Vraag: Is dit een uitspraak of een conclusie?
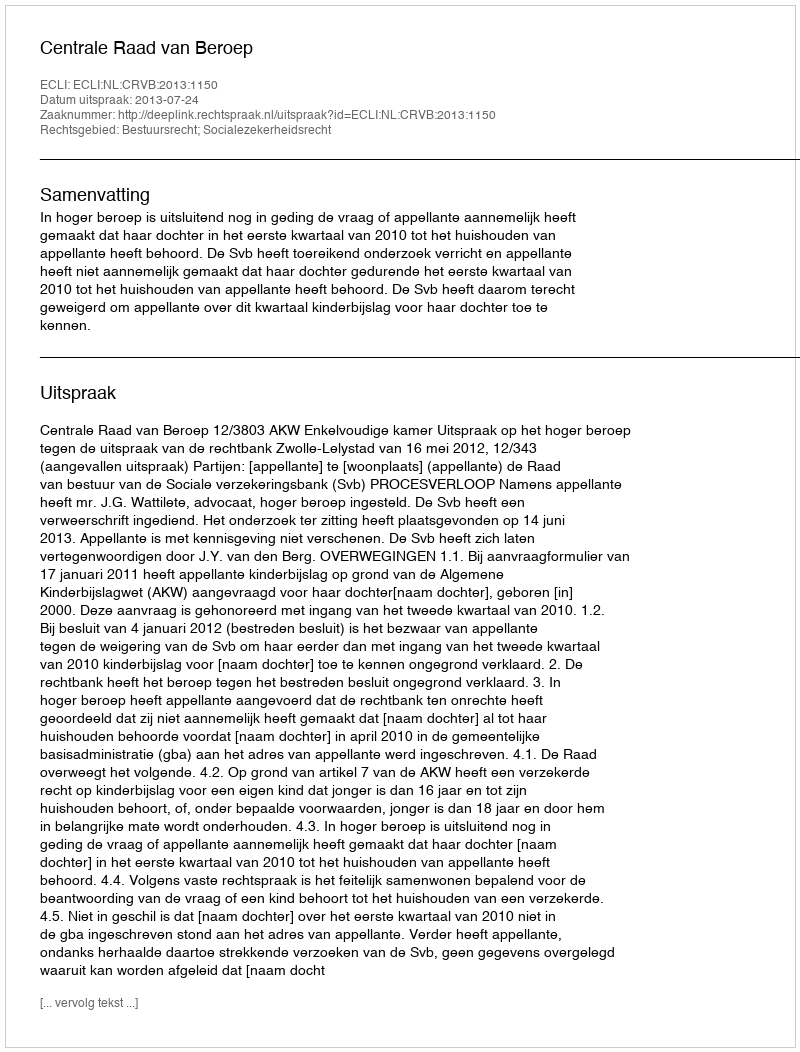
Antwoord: Uitspraak